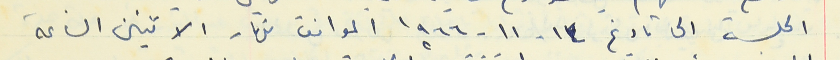
الجلسة الى تاريخ ١٤- ١١- ١٩٦٦ الموافق نهار الاثنين الساعة